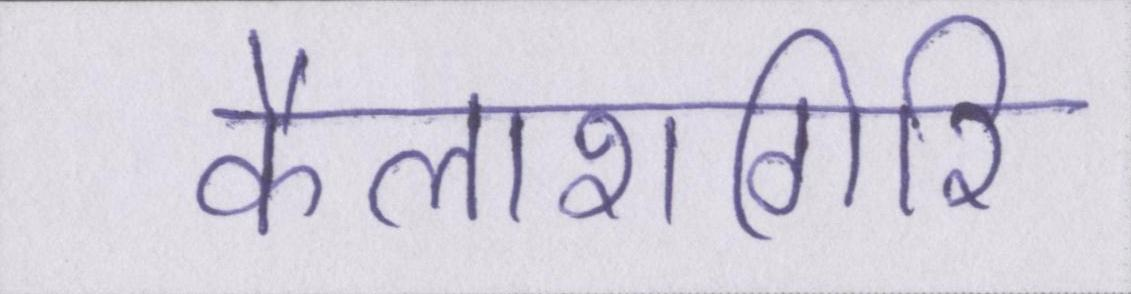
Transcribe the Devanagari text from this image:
कैलाशगिरि